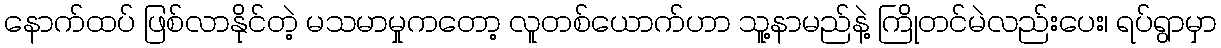
နောက်ထပ် ဖြစ်လာနိုင်တဲ့ မသမာမှုကတော့ လူတစ်ယောက်ဟာ သူ့နာမည်နဲ့ ကြိုတင်မဲလည်းပေး၊ ရပ်ရွာမှာ